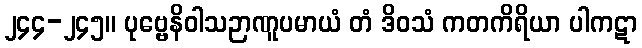
၂၄၄-၂၄၅။ ပုဗ္ဗေနိဝါသဉာဏူပမာယံ တံ ဒိဝသံ ကတကိရိယာ ပါကဋာ